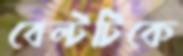
বেল্টটিকে